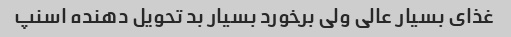
غذای بسیار عالی ولی برخورد بسیار بد تحویل دهنده اسنپ